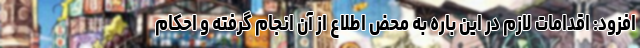
افزود: اقدامات لازم در این باره به محض اطلاع از آن انجام گرفته و احکام